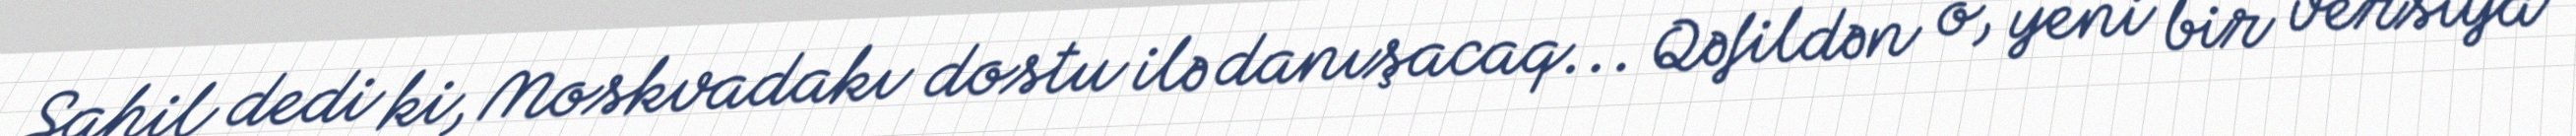
Sahil dedi ki, Moskvadakı dostu ilə danışacaq... Qəfildən o, yeni bir versiya